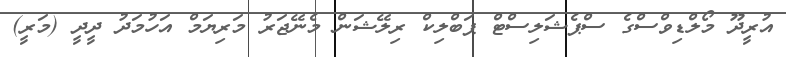
އުރީދޫ މޯލްޑިވްސްގެ ސްޕެޝަލިސްޓް ޕަބްލިކް ރިލޭޝަން މެނޭޖަރު މަރިޔަމް އަހުމަދު ދީދީ (މަރީ)